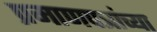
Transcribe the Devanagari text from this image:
प्रमाणपत्रांच्या